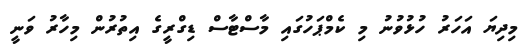
މިދިޔަ އަހަރު ހުޅުވުނު މި ކެމްޕަހުގައި މާސްޓާސް ޑިގްރީގެ އިތުރުން މިހާރު ވަނީ